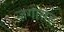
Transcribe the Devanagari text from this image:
जगासह